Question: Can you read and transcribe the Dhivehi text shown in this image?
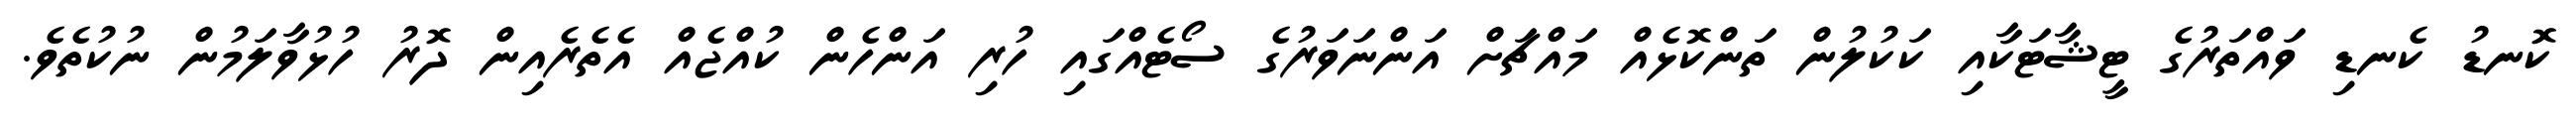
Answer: ކޮނޑު ކެނޑި ވައްތަރުގެ ޓީޝާޓަކާއި ކަކުލުން ތަންކޮޅެއް މައްޗަށް އަންނަވަރުގެ ސޯޓެއްގައި ހުރި އަންހެން ކުއްޖެއް އެތެރެއިން ދޮރު ހުޅުވާލަމުން ނުކުތެވެ.